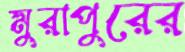
মুরাপুরের